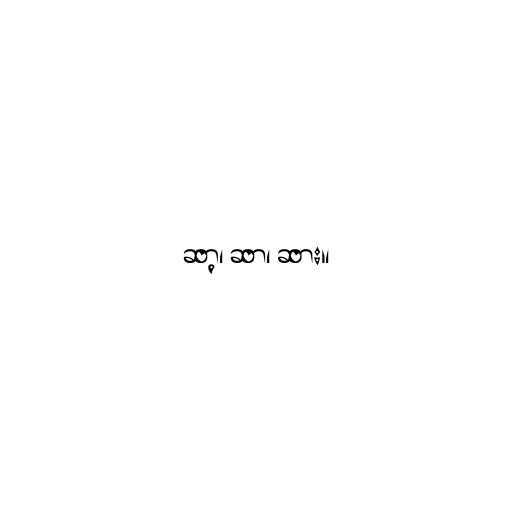
ဆာ့၊ ဆာ၊ ဆား။